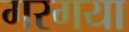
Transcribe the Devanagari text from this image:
गरगया